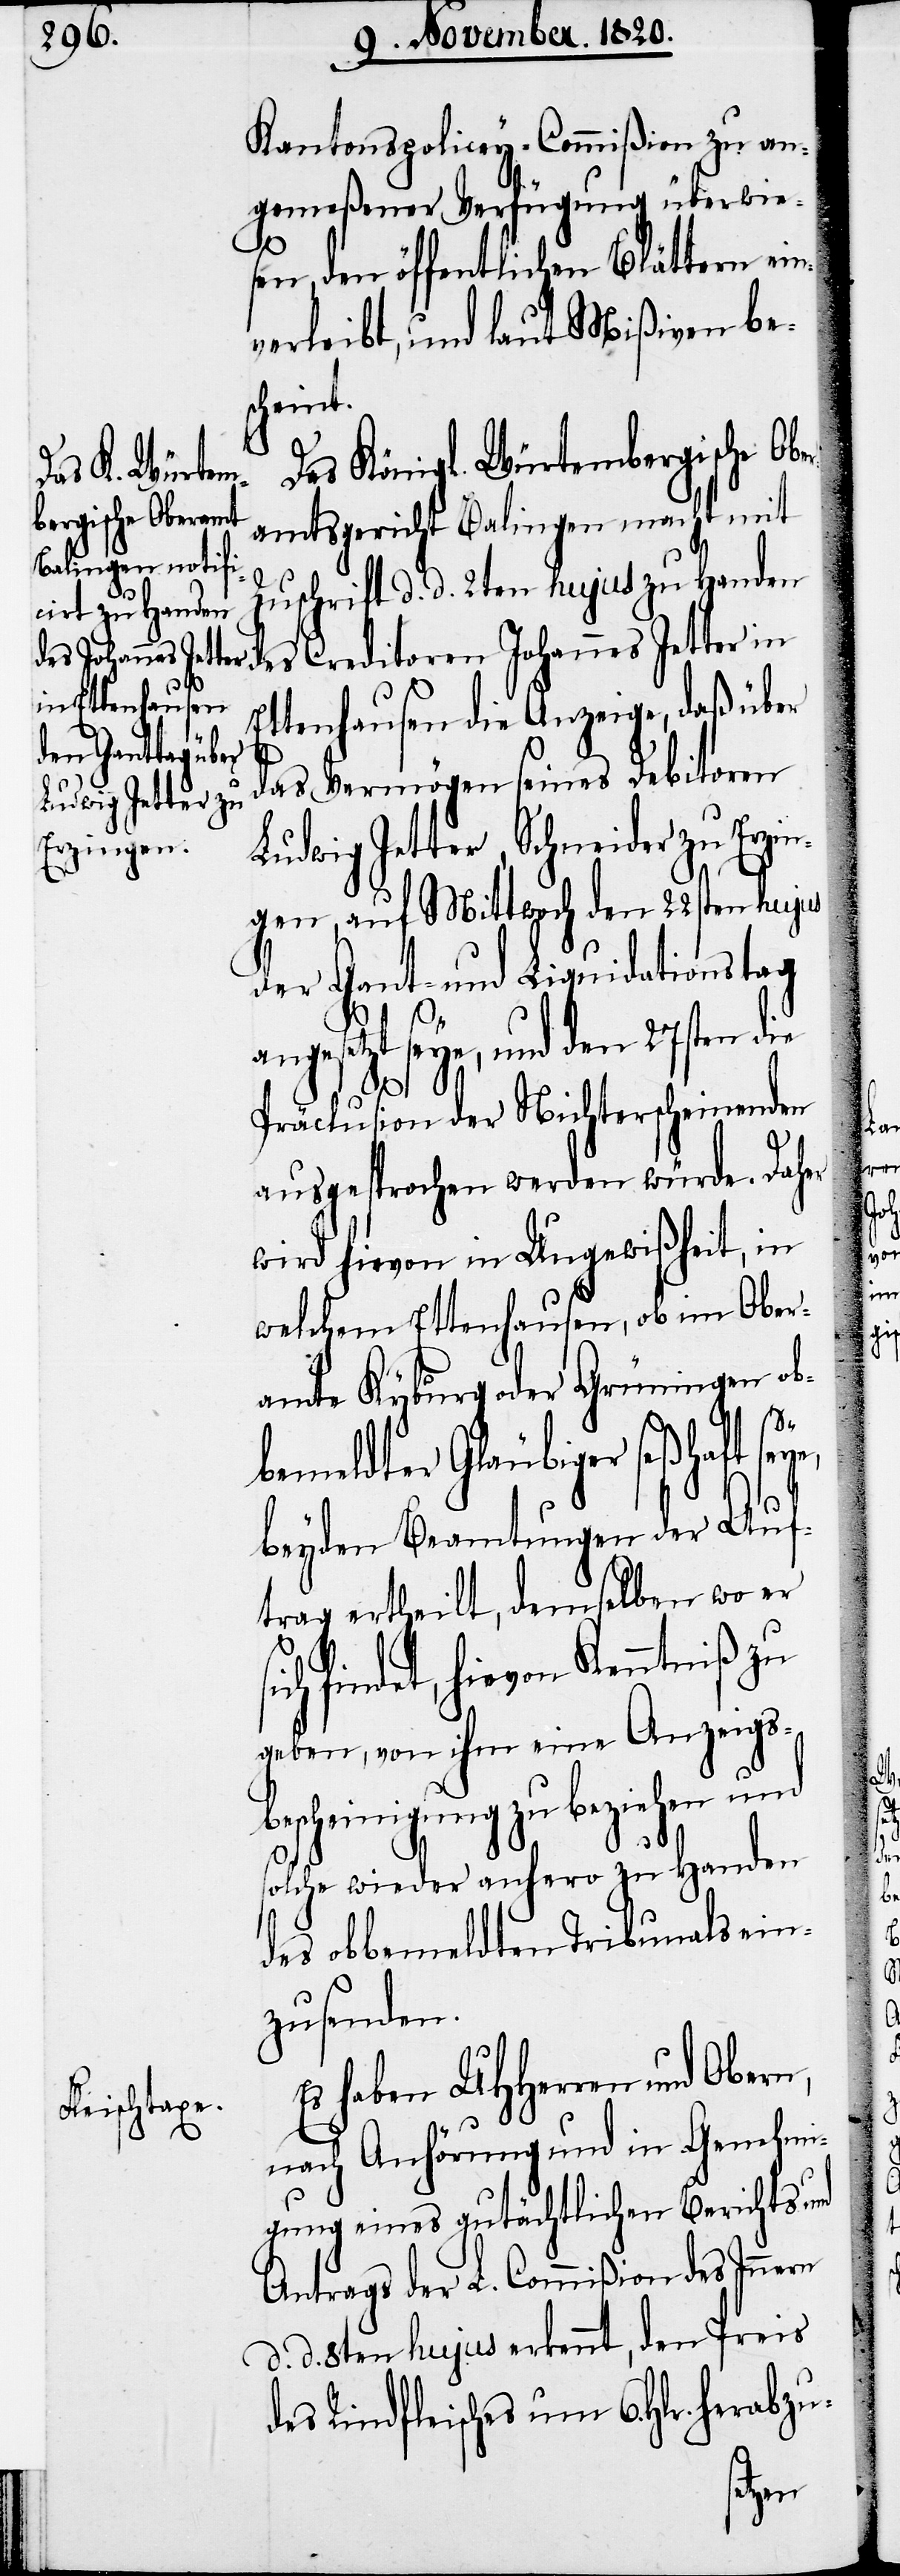
Kantonspolicey-Commißion zu an¬
gemeßener Verfügung überwie¬
sen, den öffentlichen Blättern ein¬
verleibt, und laut Mißiven bes¬
cheint.
Das Königl. Würtembergische Ob¬
amtsgericht Balingen macht mit
Zuschrift d. d. 2ten hujus zu Handen
Ettenhausen die Anzeige, daß über
des Creditoren
das Vermögen seines Debitoren
Ludwig Jetter, Schneider zu Erzin¬
gen, auf Mittwoch den 22sten hujus
der Gant- und Liquidationstag
angesetzt seye, und den 27sten die
er¬
Präclusion der Nichterscheinenden
ausgesprochen werden würde. Daher
wird hievon in Ungewißheit, in
welchem Ettenhausen, ob im Ober¬
amte Kyburg oder Grüningen ob¬
bemeldter Gläubiger seßhaft s¬
beyden Beatmungen der Auf¬
trag ertheilt, demselben wo er
findet, hievon Kenntniß zu
geben, von ihm eine Anzeigs¬
bescheinigung zu beziehen und
solche wieder anhero zu Handen
des obbemeldten Tribunals ein¬
zusenden.
Es haben UHHerren und Obern,
nach Anhörung und in Genehmi¬
gung eines gutächtlichen Berichts und
Antrags der L. Commißion des Innern
d. d. 8ten hujus erkennt, den Preis
des Rindfleisches um 6. Hlr. herabzu-
eye,